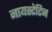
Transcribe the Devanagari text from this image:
नायस्टेटिन